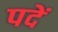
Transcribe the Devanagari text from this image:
पदें